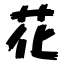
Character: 花